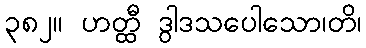
၃၈၂။ ဟတ္ထီ ဒွါဒသပေါသော၊တိ၊